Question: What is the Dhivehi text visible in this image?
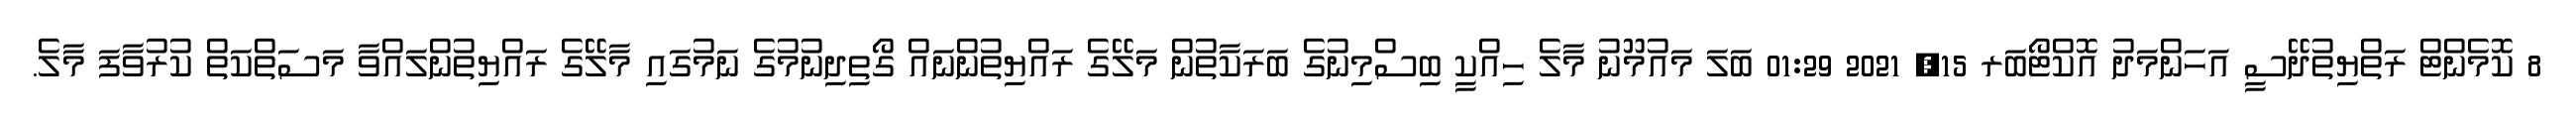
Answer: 8 ކޮމެންޓް ރަތްޔިތުދޭސީ އަހަންމަދު އޮކްޓޯބަރ 15, 2021 01:29 ބަލަ މައުމޫނު މާލެ ހިއްކީ ބިސްމިނުގެ ބަރަކާތުން މަލޭގެ ރައްޔިތުންނައް ގޯތިދިނުމުގެ ނަމުގައި މާލޭގެ ރައްޔިތުންލައްވާ މަސަތްކަތް ކުރުވާފަ މާލެ.